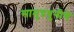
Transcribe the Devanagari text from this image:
सामुद्रधुनीचे